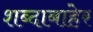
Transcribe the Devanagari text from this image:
शब्दाबाहेर